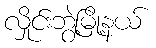
လှိုင်းဘွဲ့မြို့နယ်